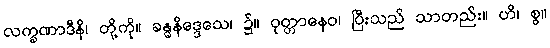
လက္ခဏာဒီနိ၊ တို့ကို။ ခန္ဓနိဒ္ဒေသေ၊ ၌။ ဝုတ္တာနေဝ၊ ပြီးသည် သာတည်း။ ဟိ၊ စွ။